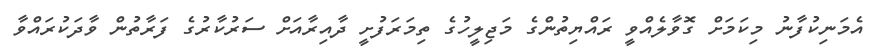
އެމަނިކުފާނު މިކަމަށް ގޮވާލެއްވީ ރައްޔިތުންގެ މަޖިލީހުގެ ތިމަރަފުށީ ދާއިރާއަށް ސަރުކާރުގެ ފަރާތުން ވާދަކުރައްވާ